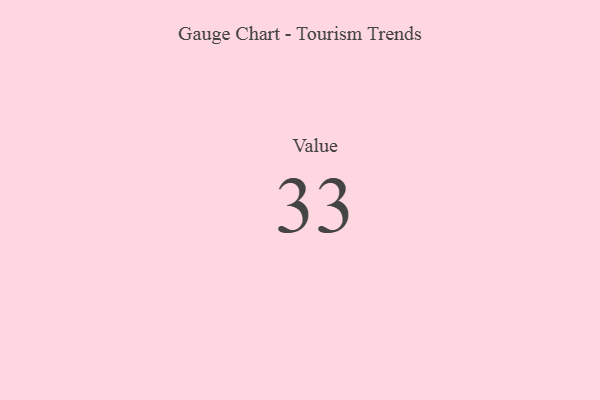
{"axis": {"x": "Metric", "y": "Value"}, "legend": [""], "data": [{"x": "Value", "y": 33, "type": ""}]}